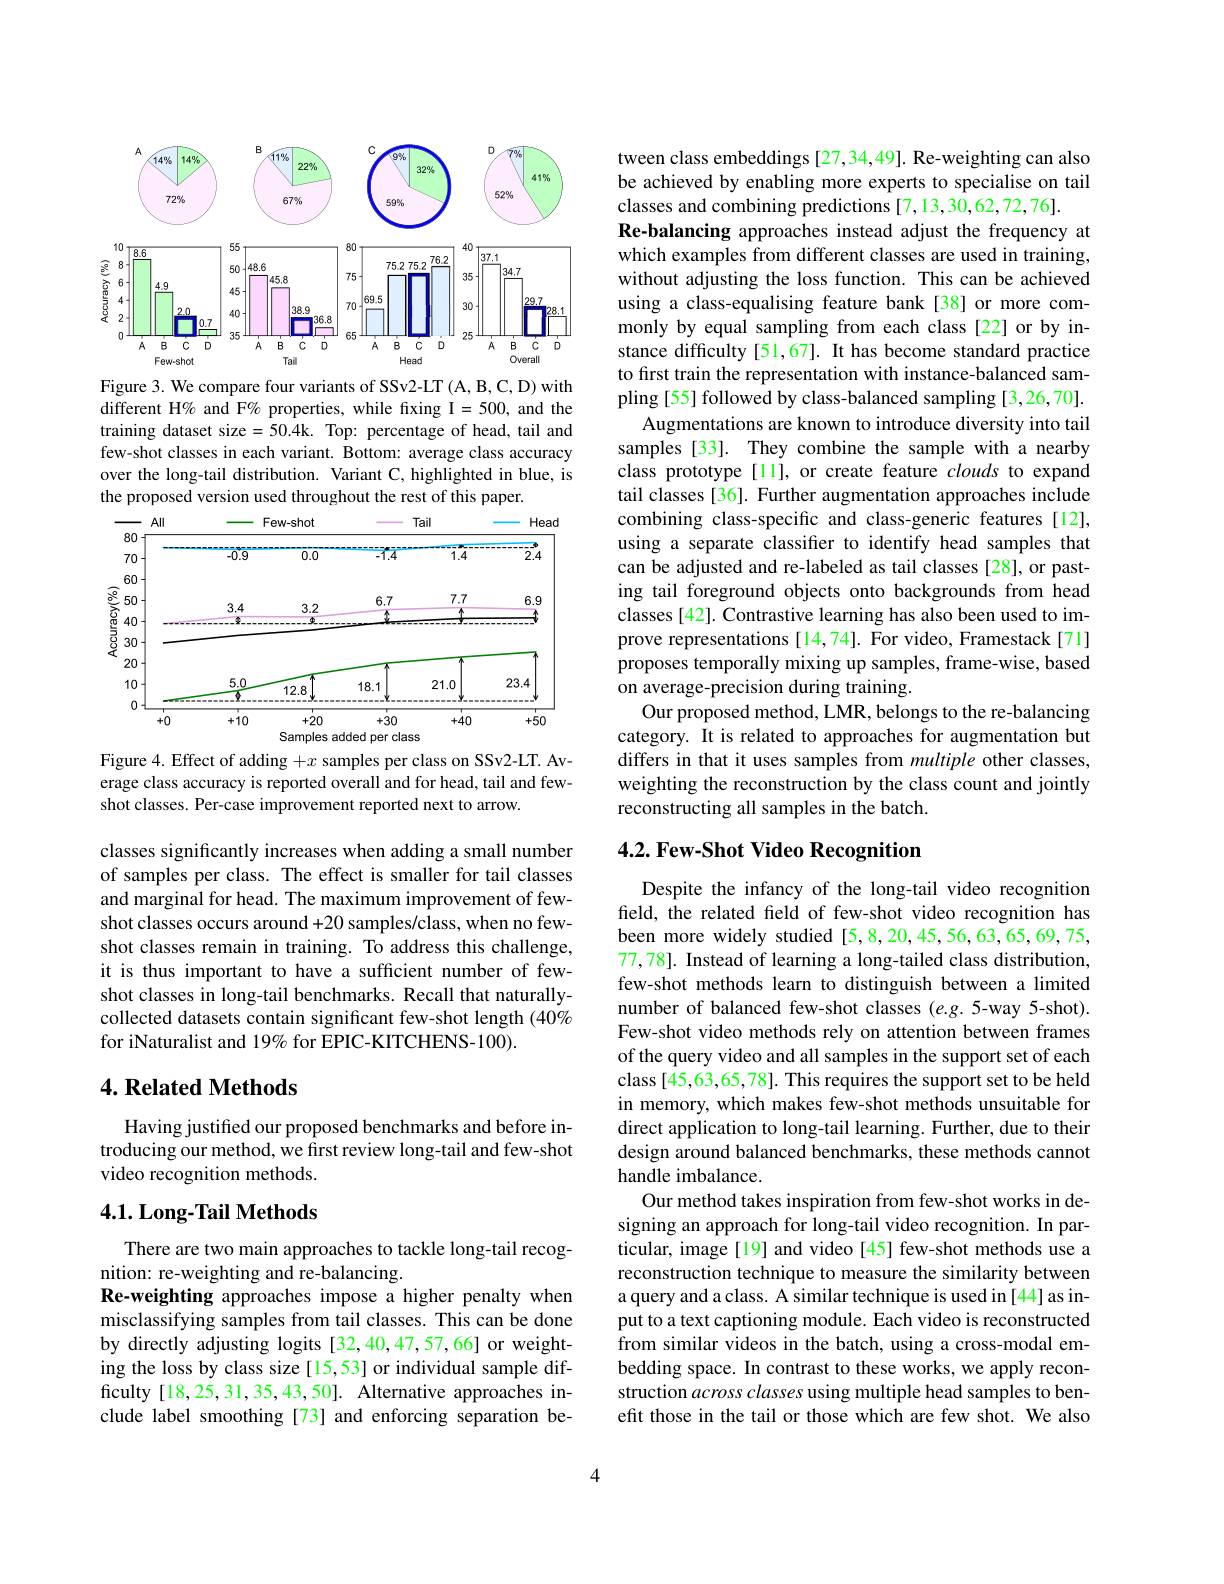
<FigureHere>

Figure 3. We compare four variants of SSv2-LT (A, B, C, D) with different H% and F% properties, while fixing I=500, and the training dataset size =50.4k. Top: percentage of head, tail and few-shot classes in each variant. Bottom: average class accuracy over the long-tail distribution. Variant C, highlighted in blue, is the proposed version used throughout the rest of this paper.

<FigureHere>

Figure 4. Effect of adding $+x$ samples per class on SSv2-LT. Av-

erage class accuracy is reported overall and for head, tail and few-
shot classes. Per-case improvement reported next to arrow.

classes significantly increases when adding a small number of samples per class. The effect is smaller for tail classes and marginal for head. The maximum improvement of fewshot classes occurs around +20 samples/class, when no fewshot classes remain in training. To address this challenge, it is thus important to have a sufficient number of fewshot classes in long-tail benchmarks. Recall that naturallycollected datasets contain significant few-shot length (40% for iNaturalist and 19% for EPIC-KITCHENS-100).

## 4. Related Methods

Having justified our proposed benchmarks and before introducing our method, we first review long-tail and few-shot video recognition methods.

## 4.1. Long-Tail Methods

There are two main approaches to tackle long-tail recog-
nition: re-weighting and re-balancing.
Re-weighting approaches impose a higher penalty when misclassifying samples from tail classes. This can be done by directly adjusting logits [32,40,47,57,66] or weighting the loss by class size[15,53] or individual sample difficulty [18,25,31,35,43,50]. Alternative approaches include label smoothing [73] and enforcing separation be-

tween class embeddings [27,34,49]. Re-weighting can also be achieved by enabling more experts to specialise on tail classes and combining predictions [7,13,30,62,72,76].
Re-balancing approaches instead adjust the frequency at which examples from different classes are used in training, without adjusting the loss function. This can be achieved using a class-equalising feature bank[38] or more commonly by equal sampling from each class[22] or by instance difficulty [51,67]. It has become standard practice to first train the representation with instance-balanced sampling [55] followed by class-balanced sampling [3,26,70].
Augmentations are known to introduce diversity into tail samples [33]. They combine the sample with a nearby class prototype[11], or create feature clouds to expand tail classes [36]. Further augmentation approaches include combining class-specific and class-generic features [12], using a separate classifer to identify head samples that can be adjusted and re-labeled as tail classes [28], or pasting tail foreground objects onto backgrounds from head classes [42]. Contrastive learning has also been used to improve representations [14,74]. For video, Framestack [71] proposes temporally mixing up samples, frame-wise, based on average-precision during training.
Our proposed method, LMR, belongs to the re-balancing category. It is related to approaches for augmentation but differs in that it uses samples from multiple other classes, weighting the reconstruction by the class count and jointly reconstructing all samples in the batch.

## 4.2. Few-Shot Video Recognition

Despite the infancy of the long-tail video recognition field, the related feld of few-shot video recognition has been more widely studied[5,8,20,45,56,63,65,69,75, 77,78]. Instead of learning a long-tailed class distribution, few-shot methods learn to distinguish between a limited number of balanced few-shot classes $(e.g.5$-way 5-shot). Few-shot video methods rely on attention between frames of the query video and all samples in the support set of each class [45,63,65,78]. This requires the support set to be held in memory, which makes few-shot methods unsuitable for direct application to long-tail learning. Further, due to their design around balanced benchmarks, these methods cannot handle imbalance.
Our method takes inspiration from few-shot works in designing an approach for long-tail video recognition. In particular, image[19] and video[45] few-shot methods use a reconstruction technique to measure the similarity between a query and a class. A similar technique is used in [44] as input to a text captioning module. Each video is reconstructed from similar videos in the batch, using a cross-modal embedding space. In contrast to these works, we apply reconstruction across classes using multiple head samples to benefit those in the tail or those which are few shot. We also

4